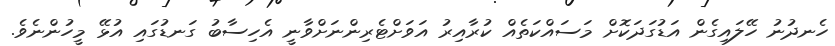
ހެނދުނު ހޭލައިގެން އަޑުގަދަކޮށް މަސައްކަތެއް ކުރާއިރު އަވަށްޓެރިންނަށްވާނީ އެހިސާބު ގަނޑުގައި އުޅޭ މީހުންނެވެ.